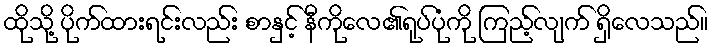
ထိုသို့ ပိုက်ထားရင်းလည်း စာနှင့် နီကိုလေ၏ရုပ်ပုံကို ကြည့်လျက် ရှိလေသည်။